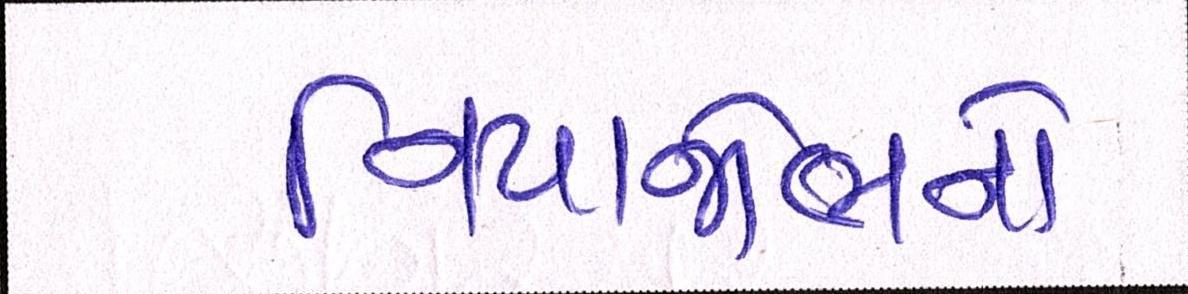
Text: નિયાજોભનો